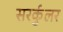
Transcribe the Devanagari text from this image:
सरर्कुलर